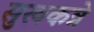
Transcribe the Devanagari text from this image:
सुखकत्रे